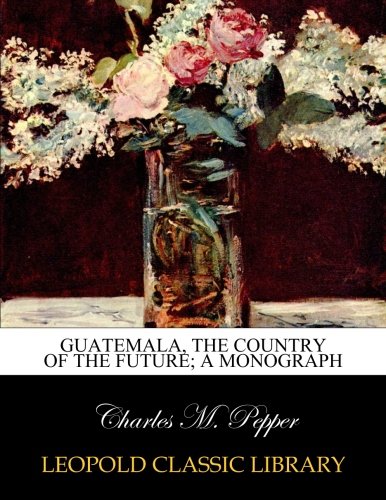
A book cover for Guatemala, the country of the future; A monograph; Charles M. Pepper; Travel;